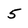
Character: 5